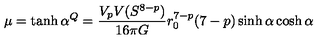
\mu = \tanh \alpha \sp Q = \frac { V _ { p } V ( S ^ { 8 - p } ) } { 1 6 \pi G } r _ { 0 } ^ { 7 - p } ( 7 - p ) \sinh \alpha \cosh \alpha